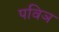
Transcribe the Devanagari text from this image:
पविञ